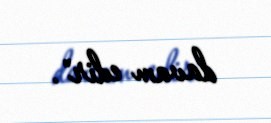
davam edir".